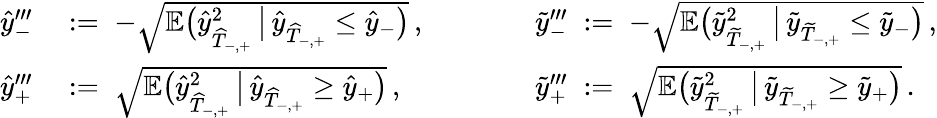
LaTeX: \begin{array}{rlrl}{\widehat{y}_{-}^{\prime\prime\prime}}&{\; :=\; -\sqrt{\mathbb{E}\big(\widehat{y}_{\widehat{T}_{-,+}}^{2}\, \big|\, \widehat{y}_{\widehat{T}_{-,+}}\leq\widehat{y}_{-}\big)}\, ,}&{\qquad}&{\widetilde{y}_{-}^{\prime\prime\prime}\; :=\; -\sqrt{\mathbb{E}\big(\widetilde{y}_{\widetilde{T}_{-,+}}^{2}\, \big|\, \widetilde{y}_{\widetilde{T}_{-,+}}\leq\widetilde{y}_{-}\big)}\, ,}\\ {\widehat{y}_{+}^{\prime\prime\prime}}&{\; :=\; \sqrt{\mathbb{E}\big(\widehat{y}_{\widehat{T}_{-,+}}^{2}\, \big|\, \widehat{y}_{\widehat{T}_{-,+}}\geq\widehat{y}_{+}\big)}\, ,}&{\qquad}&{\widetilde{y}_{+}^{\prime\prime\prime}\; :=\; \sqrt{\mathbb{E}\big(\widetilde{y}_{\widetilde{T}_{-,+}}^{2}\, \big|\, \widetilde{y}_{\widetilde{T}_{-,+}}\geq\widetilde{y}_{+}\big)}\, .}\end{array}